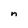
Character: n